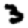
Digit: 3